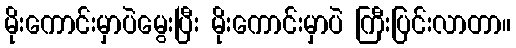
မိုးကောင်းမှာပဲမွေးပြီး မိုးကောင်းမှာပဲ ကြီးပြင်းလာတာ။